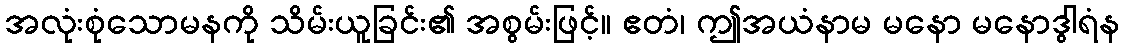
အလုံးစုံသောမနကို သိမ်းယူခြင်း၏ အစွမ်းဖြင့်။ ဧတံ၊ ဤအယံနာမ မနော မနောဒွါရံန